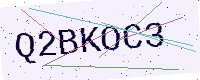
Text: Q2BKOC3